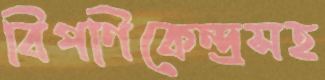
বিপণিকেন্দ্রসহ